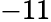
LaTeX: -11